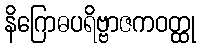
နိဂြောဓပရိဗ္ဗာဇကဝတ္ထု